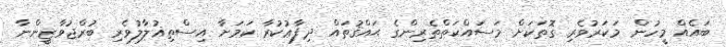
ބައެއް މީހުން މަކަރުވެރި ގޮތަކަށް މަސައްކަތްތެރިންގެ ޙައްޤުތައް ދިފާޢުކުރާ ކަމަށާ އިސްތިޣުލާލުވެރި ބުރްޖުވާޒީންނާ